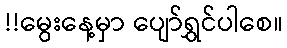
!!မွေးနေ့မှာ ပျော်ရွှင်ပါစေ။